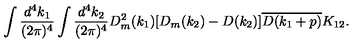
\begin{array} { c } { \displaystyle \int \frac { d ^ { 4 } k _ { 1 } } { ( 2 \pi ) ^ { 4 } } \int \frac { d ^ { 4 } k _ { 2 } } { ( 2 \pi ) ^ { 4 } } D _ { m } ^ { 2 } ( k _ { 1 } ) [ D _ { m } ( k _ { 2 } ) - D ( k _ { 2 } ) ] \overline { { D ( k _ { 1 } + p ) } } K _ { 1 2 } . } \\ \end{array}